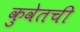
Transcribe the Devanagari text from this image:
कुवेतची